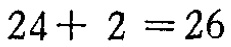
\(24 + 2 = 26\)